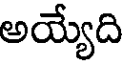
అయ్యేది